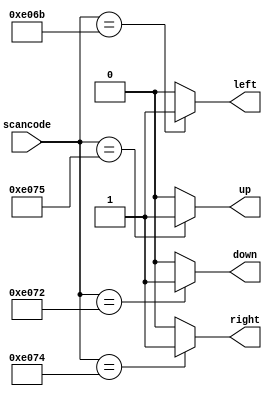
/*
Suppose you're building a circuit to process scancodes from a PS/2 keyboard for a game.
Given the last two bytes of scancodes received, you need to indicate whether one of the arrow keys on the keyboard have been pressed.
This involves a fairly simple mapping, which can be implemented as a case statement (or if-elseif) with four cases.

Scancode [15:0]     Arrow key
16'he06b	        left arrow
16'he072	        down arrow
16'he074	        right arrow
16'he075	        up arrow
Anything else	    none

Your circuit has one 16-bit input, and four outputs.
Build this circuit that recognizes these four scancodes and asserts the correct output.

To avoid creating latches, all outputs must be assigned a value in all possible conditions (See also always_if2).
Simply having a default case is not enough.
You must assign a value to all four outputs in all four cases and the default case.
This can involve a lot of unnecessary typing.
One easy way around this is to assign a "default value" to the outputs before the case statement:

always @(*) begin
    up = 1'b0; down = 1'b0; left = 1'b0; right = 1'b0;
    case (scancode)
        ... // Set to 1 as necessary.
    endcase
end

This style of code ensures the outputs are assigned a value (of 0) in all possible cases unless the case statement overrides the assignment.
This also means that a default: case item becomes unnecessary.

Reminder:
The logic synthesizer generates a combinational circuit that behaves equivalently to what the code describes.
Hardware does not "execute" the lines of code in sequence.
*/

// synthesis verilog_input_version verilog_2001
module top_module (
    input [15:0] scancode,
    output reg left,
    output reg down,
    output reg right,
    output reg up  ); 
    
    always @ (*) begin
        up = 1'b0; down = 1'b0; left = 1'b0; right = 1'b0;
        case (scancode)
            16'he06b: left = 1'b1;
            16'he072: down = 1'b1;
            16'he074: right = 1'b1;
            16'he075: up = 1'b1;
        endcase
    end
        
endmodule